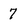
Character: 7